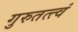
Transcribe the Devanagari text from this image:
गुरुतत्त्वं